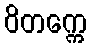
ဝိတက္ကေ